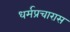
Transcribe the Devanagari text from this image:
धर्मप्रचारास